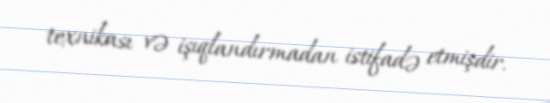
texnikası və işıqlandırmadan istifadə etmişdir.